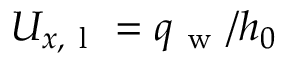
U _ { x , \mathrm { ~ l ~ } } = q _ { \mathrm { ~ w ~ } } / h _ { 0 }